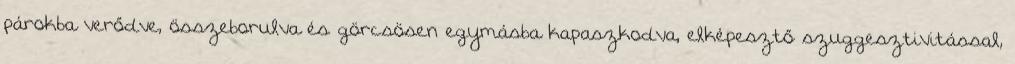
párokba verődve, összeborulva és görcsösen egymásba kapaszkodva, elképesztő szuggesztivitással,